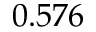
0 . 5 7 6